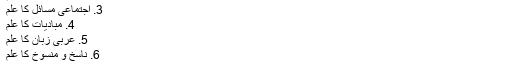
1. قرآن کا علم
2. سنت کا علم
3. اجتماعی مسائل کا علم
4. مبادیات کا علم
5. عربی زبان کا علم
6. ناسخ و منسوخ کا علم
7. اصول حدیث کا علم
مجتہد کو اجماع اور اختلاف کی معرفت ہونی چاہیے نیز وہ مقاصد شریعت اور احکام کی حکمت سے پوری طرح آگاہی رکھتا ہو۔